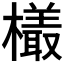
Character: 𬄿